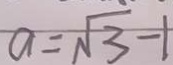
a = \sqrt { 3 } - 1